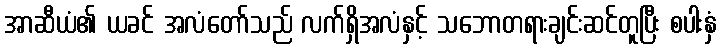
အာဆီယံ၏ ယခင် အလံတော်သည် လက်ရှိအလံနှင့် သဘောတရားချင်းဆင်တူပြီး စပါးနှံ